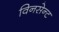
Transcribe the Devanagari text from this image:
विनसेन्ट